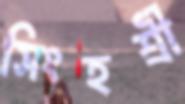
সিংহশ্রী